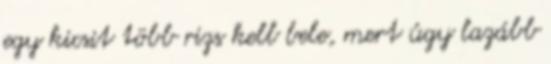
egy kicsit több rizs kell bele, mert úgy lazább